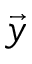
\vec { y }